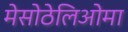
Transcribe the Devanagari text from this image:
मेसोठेलिओमा